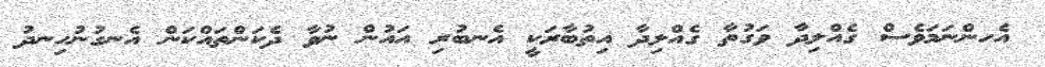
އެހންނަމަވެސް ގެއްލިދާ ވަގުތާ ގެއްލިދާ އިތުބާރަކީ އެނބުރި އައުން ނުވާ ދެކަންތައްކަން އެނގުނުހިނދު